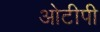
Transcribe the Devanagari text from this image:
ओटीपी